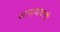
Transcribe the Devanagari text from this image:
सासणकाठी